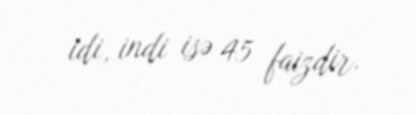
idi, indi isə 45 faizdir.